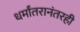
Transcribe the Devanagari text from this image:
धर्मांतरानंतरही